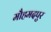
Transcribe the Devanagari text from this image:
मौहमदपुर